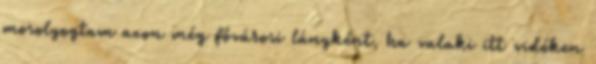
mosolyogtam azon még fővárosi lányként, ha valaki itt vidéken